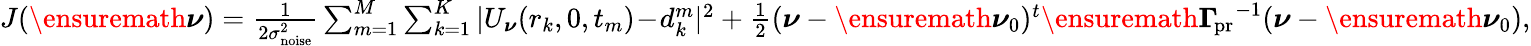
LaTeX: \begin{array}{r}{J(\ensuremath{\boldsymbol\nu})={\frac{1}{2\sigma_{\mathrm{noise}}^{2}}}\sum_{m=1}^{M}\sum_{k=1}^{K}|U_{\boldsymbol\nu}(r_{k},0,t_{m})\! -\! d_{k}^{m}|^{2}+{\frac{1}{2}}(\boldsymbol\nu-\ensuremath{\boldsymbol\nu}_{0})^{t}\ensuremath{\boldsymbol\Gamma_{\! \mathrm{pr}}}^{-1}(\boldsymbol\nu-\ensuremath{\boldsymbol\nu}_{0}),}\end{array}